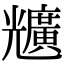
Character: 兤